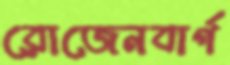
রোজেনবার্গ